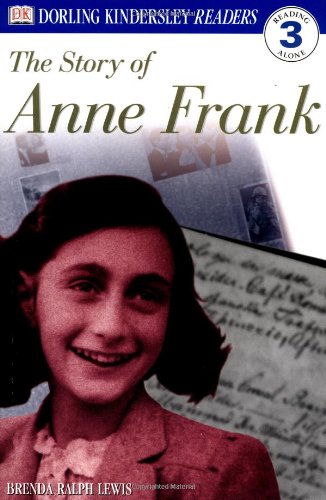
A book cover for DK Readers: The Story of Anne Frank (Level 3: Reading Alone); Brenda Ralph Lewis; Children's Books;